Indian journal of veterinary science and animal husbandry - Volumes 22-23, 1952-1953
Year: 1952
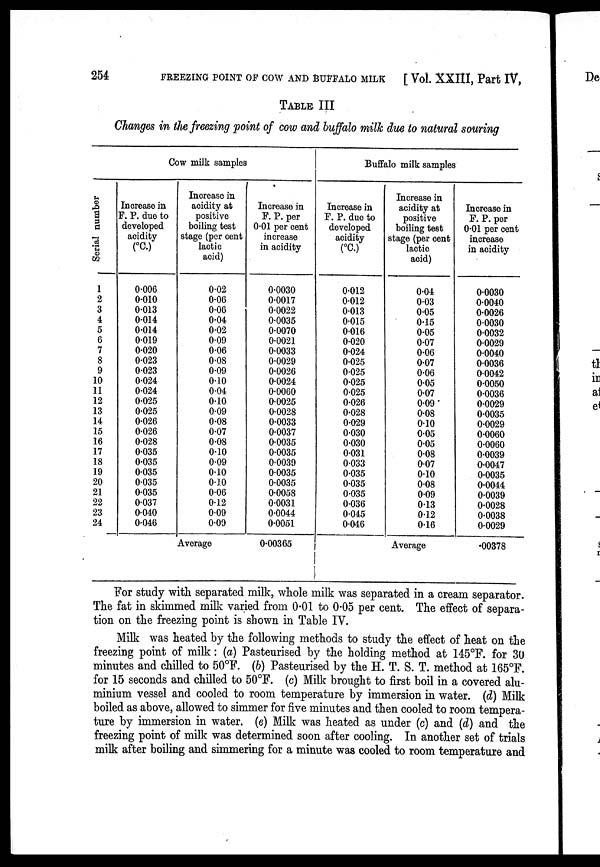
254
FREEZING POINT OF COW AND BUFFALO MILK
[ Vol. XXIII, Part IV,
TABLE III
Changes in the freezing point of cow and buffalo milk due to natural souring
Cow milk samples
Ser i al number
1
2
3
4
5
6
7
8
9
10
11
12
13
14
15
16
17
18
19
20
21
22
23
24
Increase in
F. P. due to
developed
acidity
(°C.)
0.006
0.010
0.013
0.014
0.014
0.019
0.020
0.023
0.023
0.024
0.024
0.025
0.025
0.026
0.026
0.028
0.035
0.035
0.035
0.035
0.035
0.037
0.040
0.046
Increase in
acidity at
positive
boiling test
stage (per cent
lactic
acid)
0.02
0.06
0.06
0.04
0.02
0.09
0.06
0.08
0.09
0.10
0.04
0.10
0.09
0.08
0.07
0.08
0.10
0.09
0.10
0.10
0.06
0.12
0.09
0.09
Average
Increase in
P. P. per
0.01 per cent
increase
in acidity
0.0030
0.0017
0.0022
0.0035
0.0070
0.0021
0.0033
0.0029
0.0026
0.0024
0.0060
0.0025
0.0028
0.0033
0.0037
0.0035
0.0035
0.0039
0.0035
0.0035
0.0058
0.0031
0.0044
0.0051
0.00365
Buffalo milk samples
Increase in
F. P. due to
developed
acidity
(°C.)
0.012
0.012
0.013
0.015
0.016
0.020
0.024
0.025
0.025
0.025
0.025
0.026
0.028
0.029
0.030
0.030
0.031
0.033
0.035
0.035
0.035
0.036
0.045
0.046
Increase in
acidity at
positive
boiling test
stage (per cent
lactic
acid)
0.04
0.03
0.05
0.15
0.05
0.07
0.06
0.07
0.06
0.05
0.07
0.09
0.08
0.10
0.05
0.05
0.08
0.07
0.10
0.08
0.09
0.13
0.12
0.16
Average
Increase in
F. P. per
0.01 per cent
increase
in acidity
0.0030
0.0040
0.0026
0.0030
0.0032
0.0029
0.0040
0.0036
0.0042
0.0050
0.0036
0.0029
0.0035
0.0029
0.0060
0.0060
0.0039
0.0047
0.0035
0.0044
0.0039
0.0028
0.0038
0.0029
.00378
For study with separated milk, whole milk was separated in a cream separator.
The fat in skimmed milk varied from 0.01 to 0.05 per cent. The effect of separa-
tion on the freezing point is shown in Table IV.
Milk was heated by the following methods to study the effect of heat on the
freezing point of milk : (a) Pasteurised by the holding method at 145°F. for 30
minutes and chilled to 50°F. (b) Pasteurised by the H. T. S. T. method at 165°F.
for 15 seconds and chilled to 50°F. (c) Milk brought to first boil in a covered alu-
minium vessel and cooled to room temperature by immersion in water. (d) Milk
boiled as above, allowed to simmer for five minutes and then cooled to room tempera-
ture by immersion in water. (e) Milk was heated as under (c) and (d) and the
freezing point of milk was determined soon after cooling. In another set of trials
milk after boiling and simmering for a minute was cooled to room temperature and